Vaccination in Bombay 1924-1928 - 1924-1928
Year: 1924
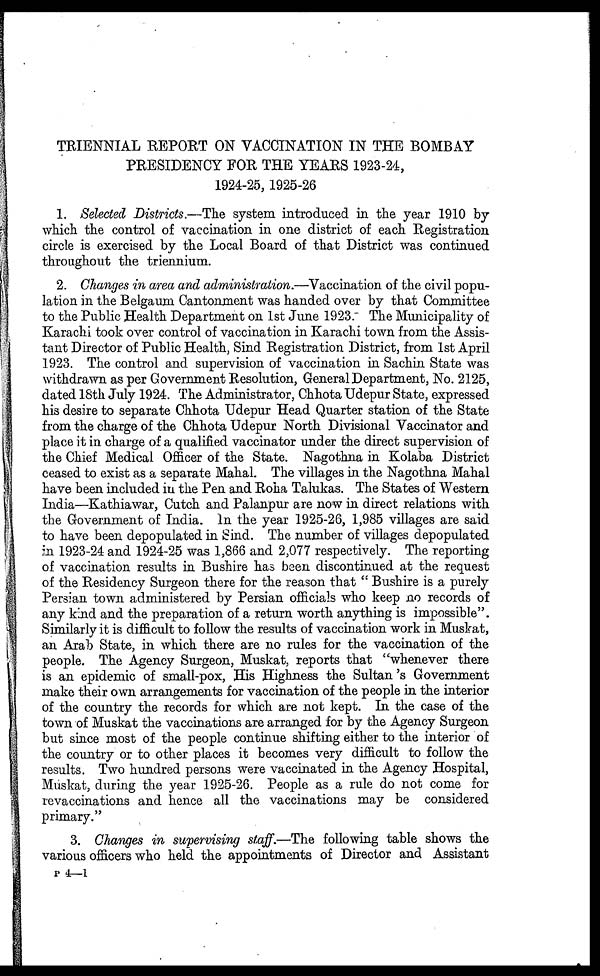
TRIENNIAL REPORT ON VACCINATION IN THE BOMBAY
PRESIDENCY FOR THE YEARS 1923-24,
1924-25,1925-26
1. Selected Districts.—The system introduced in the year 1910 by
which the control of vaccination in one district of each Registration
circle is exercised by the Local Board of that District was continued
throughout the triennium.
2. Changes in area and administration.—Vaccination of the civil popu-
lation in the Belgaum Cantonment was handed over by that Committee
to the Public Health Department on 1st June 1923. The Municipality of
Karachi took over control of vaccination in Karachi town from the Assis-
tant Director of Public Health, Sind Registration District, from 1st April
1923. The control and supervision of vaccination in Sachin State was
withdrawn as per Government Resolution, General Department, No. 2125,
dated 18th July 1924. The Administrator, Chhota Udepur State, expressed
his desire to separate Chhota Udepur Head Quarter station of the State
from the charge of the Chhota Udepur North Divisional Vaccinator and
place it in charge of a qualified vaccinator under the direct supervision of
the Chief Medical Officer of the State. Nagothna in Kolaba District
ceased to exist as a separate Mahal. The villages in the Nagothna Mahal
have been included in the Pen and Roha Talukas. The States of Western
India—Kathiawar, Cutch and Palanpur are now in direct relations with
the Government of India. In the year 1925-26, 1,985 villages are said
to have been depopulated in Sind. The number of villages depopulated
in 1923-24 and 1924-25 was 1,866 and 2,077 respectively. The reporting
of vaccination results in Bushire has been discontinued at the request
of the Residency Surgeon there for the reason that " Bushire is a purely
Persian town administered by Persian officials who keep no records of
any kind and the preparation of a return worth anything is impossible".
Similarly it is difficult to follow the results of vaccination work in Muskat,
an Arab State, in which there are no rules for the vaccination of the
people. The Agency Surgeon, Muskat, reports that "whenever there
is an epidemic of small-pox, His Highness the Sultan 's Government
make their own arrangements for vaccination of the people in the interior
of the country the records for which are not kept. In the case of the
town of Muskat the vaccinations are arranged for by the Agency Surgeon
but since most of the people continue shifting either to the interior of
the country or to other places it becomes very difficult to follow the
results. Two hundred persons were vaccinated in the Agency Hospital,
Muskat, during the year 1925-26. People as a rule do not come for
revaccinations and hence all the vaccinations may be considered
primary."
3. Changes in supervising staff.—The following table shows the
various officers who held the appointments of Director and Assistant
P 4—1